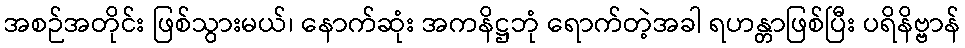
အစဉ်အတိုင်း ဖြစ်သွားမယ်၊ နောက်ဆုံး အကနိဋ္ဌဘုံ ရောက်တဲ့အခါ ရဟန္တာဖြစ်ပြီး ပရိနိဗ္ဗာန်